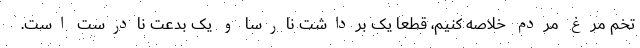
تخم مرغ مردم خلاصه کنیم، قطعا یک برداشت نارسا و یک بدعت نادرست است.